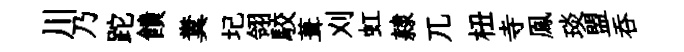
川乃跎饋糞圮翎駮葺刈虹隷兀杻寺鳯琰盟呑